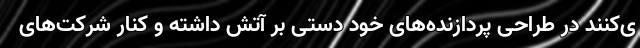
ی‌کنند در طراحی پردازنده‌های خود دستی بر آتش داشته و کنار شرکت‌های